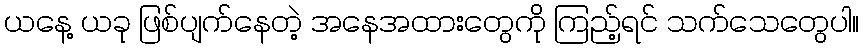
ယနေ့ ယခု ဖြစ်ပျက်နေတဲ့ အနေအထားတွေကို ကြည့်ရင် သက်သေတွေပါ။